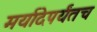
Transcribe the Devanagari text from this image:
मर्यादेपर्यंतच